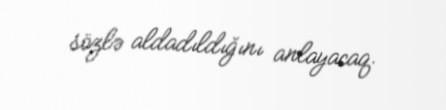
sözlə aldadıldığını anlayacaq.